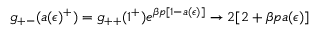
g _ { + - } ( a ( \epsilon ) ^ { + } ) = g _ { + + } ( 1 ^ { + } ) e ^ { \beta p [ 1 - a ( \epsilon ) ] } \to 2 [ 2 + \beta p a ( \epsilon ) ]